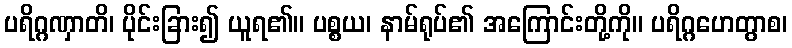
ပရိဂ္ဂဏှာတိ၊ ပိုင်းခြား၍ ယူရ၏။ ပစ္စယ၊ နာမ်ရုပ်၏ အကြောင်းတို့ကို။ ပရိဂ္ဂဟေတွာစ၊